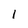
Character: 1